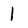
Character: 1